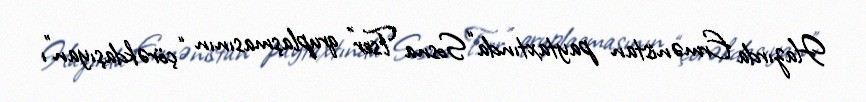
Hazırda Ermənistan paytaxtında “Sosna Tser” qruplaşmasının “çörəkdaşıyan”ı